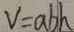
V = a b h